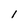
Character: l